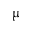
\upmu